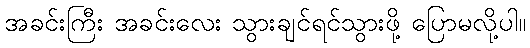
အခင်းကြီး အခင်းလေး သွားချင်ရင်သွားဖို့ ပြောမလို့ပါ။